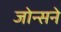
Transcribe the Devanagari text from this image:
जोन्सने